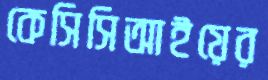
কেসিসিআইয়ের